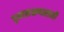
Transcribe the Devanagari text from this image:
दृश्यलक्षणासाठी